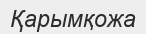
Қарымқожа